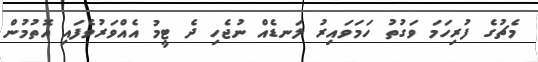
މެޗުގެ ފުރިހަމަ ވަގުތު ހަމަވައިރު ލަނޑެއް ނުޖެހި ދެ ޓީމު އެއްވަރުވެފައި އޮތުމުން